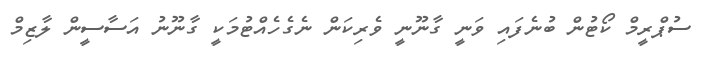
ސުޕްރީމް ކޯޓުން ބުނެފައި ވަނީ ގާނޫނީ ވެރިކަން ނެގެހެއްޓުމަކީ ގާނޫނު އަސާސީން ލާޒިމް